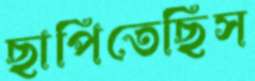
ছাপিতেছিস